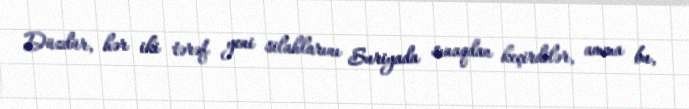
Düzdür, hər iki tərəf yeni silahlarını Suriyada sınaqdan keçirdilər, amma bu,